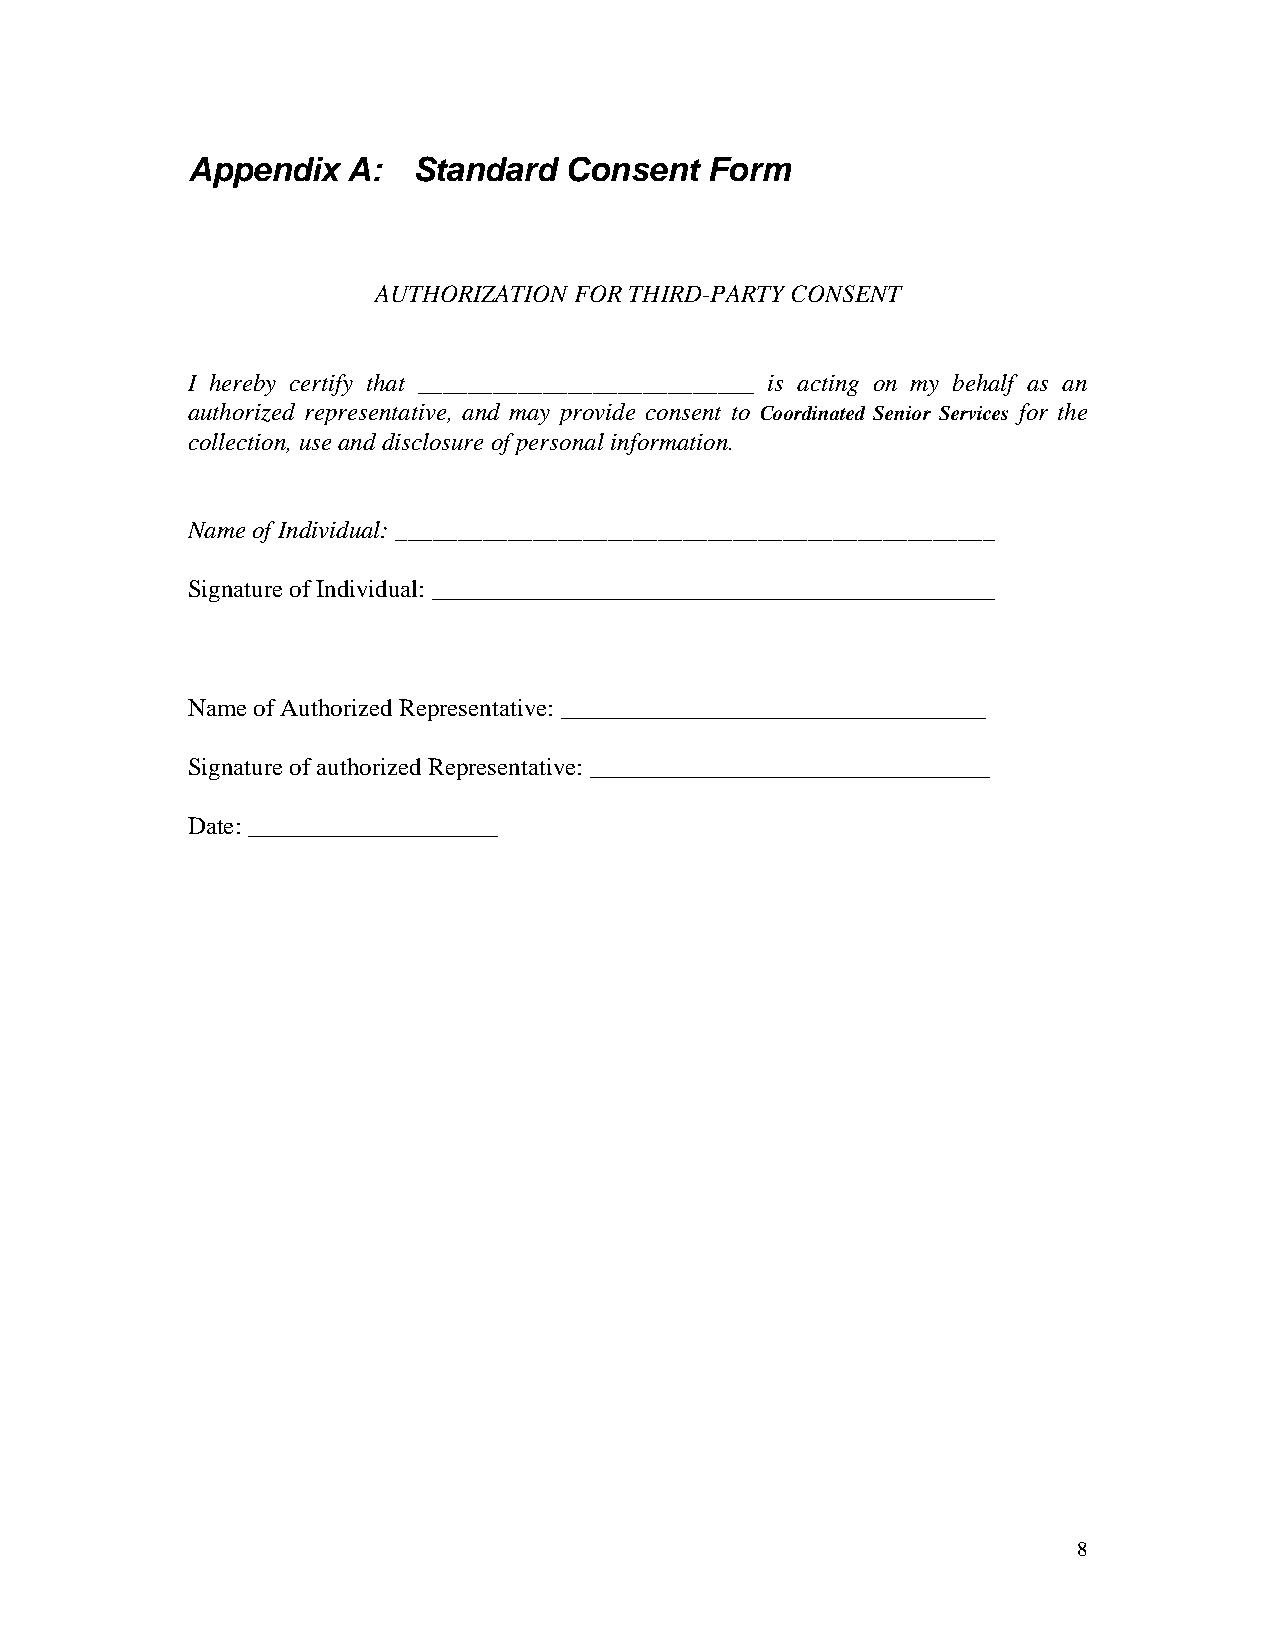
Appendix   A:  Standard  Consent   Form
 AUTHORIZATION FOR THIRD-PARTY CONSENT
 I hereby certify that ___________________________ is acting on my behalf as an
 authorized representative, and may provide consent to Coordinated Senior Services for the
 collection, use and disclosure of personal information.
 Name of Individual: ________________________________________________
 Signature of Individual: _____________________________________________
 Name of Authorized Representative: __________________________________
 Signature of authorized Representative: ________________________________
 Date: ____________________
 8